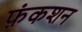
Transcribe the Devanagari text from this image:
फ़ंकशन